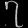
Digit: ၇